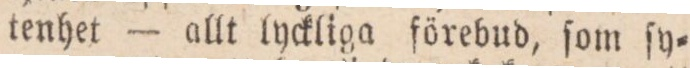
tenhet — allt lyckliga förebud, ſom ſy=